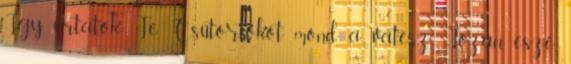
„Így írtatok Te Csütörtököt mond a vátesz Józan esze